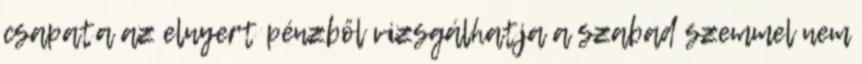
csapata az elnyert pénzből vizsgálhatja a szabad szemmel nem